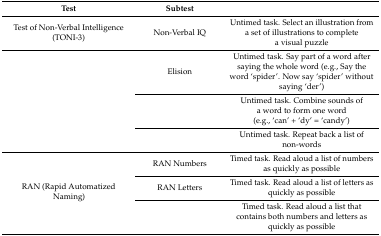
<table><thead><tr><td><b>Test</b></td><td><b>Subtest</b></td><td>[EMPTY_CELL]</td></tr></thead><tbody><tr><td>Test of Non-Verbal Intelligence (TONI-3)</td><td>Non-Verbal IQ</td><td>Untimed task. Select an illustration from a set of illustrations to complete a visual puzzle</td></tr><tr><td rowspan="3">[EMPTY_CELL]</td><td>Elision</td><td>Untimed task. Say part of a word after saying the whole word (e.g., Say the word ‘spider’. Now say ‘spider’ without saying ‘der’)</td></tr><tr><td>[EMPTY_CELL]</td><td>Untimed task. Combine sounds of a word to form one word (e.g., ‘can’ + ‘dy’ = ‘candy’)</td></tr><tr><td>[EMPTY_CELL]</td><td>Untimed task. Repeat back a list of non-words</td></tr><tr><td rowspan="3">RAN (Rapid Automatized Naming) </td><td>RAN Numbers</td><td>Timed task. Read aloud a list of numbers as quickly as possible</td></tr><tr><td>RAN Letters</td><td>Timed task. Read aloud a list of letters as quickly as possible</td></tr><tr><td>[EMPTY_CELL]</td><td>Timed task. Read aloud a list that contains both numbers and letters as quickly as possible</td></tr></tbody></table>